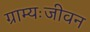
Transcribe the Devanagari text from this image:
ग्राम्यःजीवन